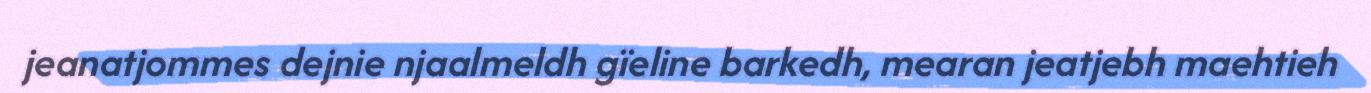
jeanatjommes dejnie njaalmeldh gïeline barkedh, mearan jeatjebh maehtieh